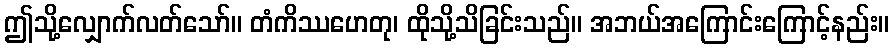
ဤသို့လျှောက်လတ်သော်။ တံကိဿဟေတု၊ ထိုသို့သိခြင်းသည်။ အဘယ်အကြောင်းကြောင့်နည်း။